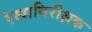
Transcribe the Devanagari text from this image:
रेखानिरीक्षक